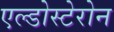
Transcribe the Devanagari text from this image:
एल्डोस्टेरोन